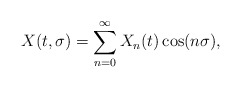
\begin{align*}X(t,\sigma)=\sum_{n=0}^{\infty} X_n(t) \cos (n\sigma),\end{align*}